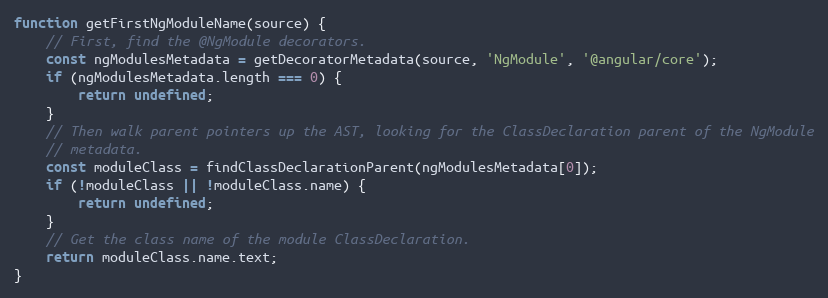
Language: JavaScript
function getFirstNgModuleName(source) {
    // First, find the @NgModule decorators.
    const ngModulesMetadata = getDecoratorMetadata(source, 'NgModule', '@angular/core');
    if (ngModulesMetadata.length === 0) {
        return undefined;
    }
    // Then walk parent pointers up the AST, looking for the ClassDeclaration parent of the NgModule
    // metadata.
    const moduleClass = findClassDeclarationParent(ngModulesMetadata[0]);
    if (!moduleClass || !moduleClass.name) {
        return undefined;
    }
    // Get the class name of the module ClassDeclaration.
    return moduleClass.name.text;
}